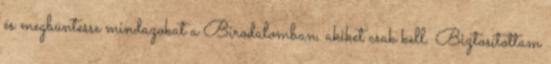
és megbüntesse mindazokat a Birodalomban, akiket csak kell. Biztosítottam